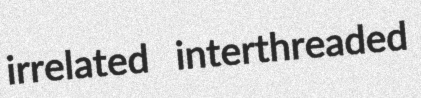
irrelated interthreaded